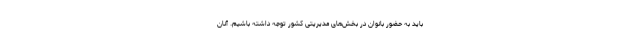
باید به حضور بانوان در بخش‌های مدیریتی کشور توجه داشته باشیم. آنان